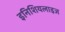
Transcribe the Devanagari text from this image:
इनिशियलाइज